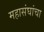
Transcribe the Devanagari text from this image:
महासंघांचा